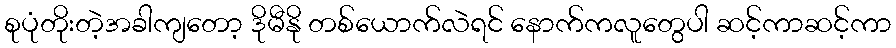
စုပုံတိုးတဲ့အခါကျတော့ ဒိုမီနို တစ်ယောက်လဲရင် နောက်ကလူတွေပါ ဆင့်ကာဆင့်ကာ